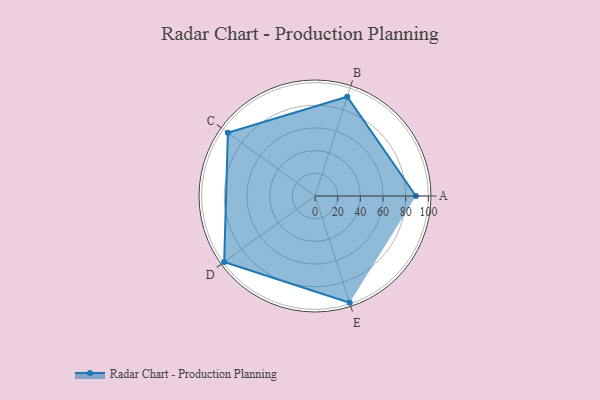
{"axis": {"x": "Skill", "y": "Score"}, "legend": ["Profile"], "data": [{"x": "A", "y": 89.0, "type": "Profile"}, {"x": "B", "y": 92.0, "type": "Profile"}, {"x": "C", "y": 95.0, "type": "Profile"}, {"x": "D", "y": 99.0, "type": "Profile"}, {"x": "E", "y": 99, "type": "Profile"}]}